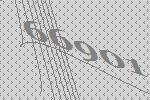
66901